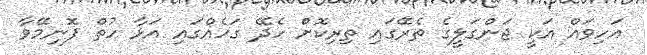
އަހިވައް އަކީ ޖަންގަލީގެ ތެރޭގައި ތިރިކޮށް ހެދޭ ގަހެއްގައި އަޅާ ހުތް ފޮނިމޭވާ